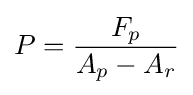
P={\frac {F_{p}}{A_{p}-A_{r}}}